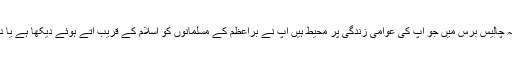
پہلا سوال یہ تھا کہ گزشتہ چالیس برس میں جو آپ کی عوامی زندگی پر محیط ہیں آپ نے براعظم کے مسلمانوں کو اسلام کے قریب آتے ہوئے دیکھا ہے یا دور جاتے ہوئے پایا ہے ۔